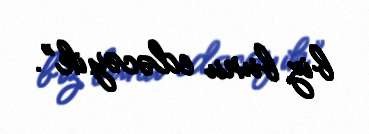
biz bunu edəcəyik”.